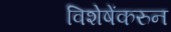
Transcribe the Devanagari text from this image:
विशेषेंकरुन